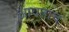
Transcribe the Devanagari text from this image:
आयताच